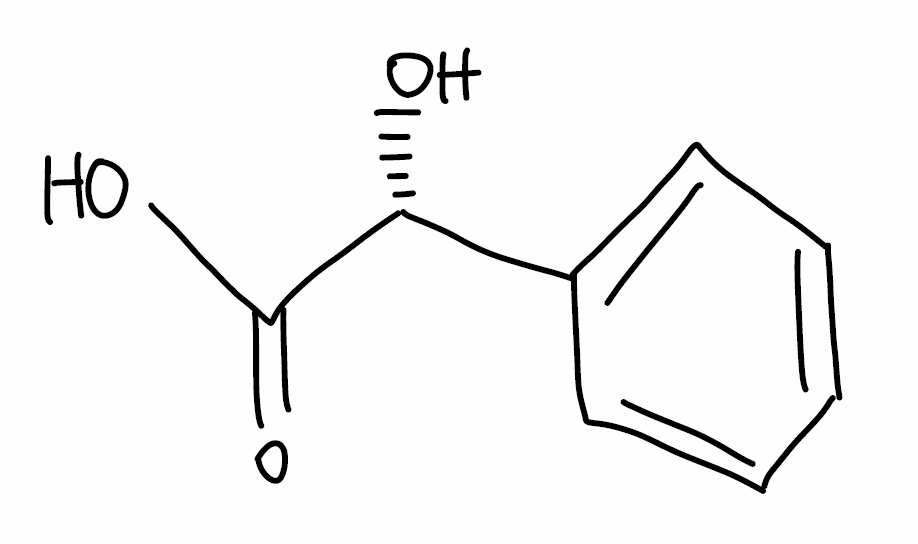
Simplified molecular-input line-entry system (SMILES) notation of the given molecule:
C1=CC=C(C=C1)[C@H](C(=O)O)O